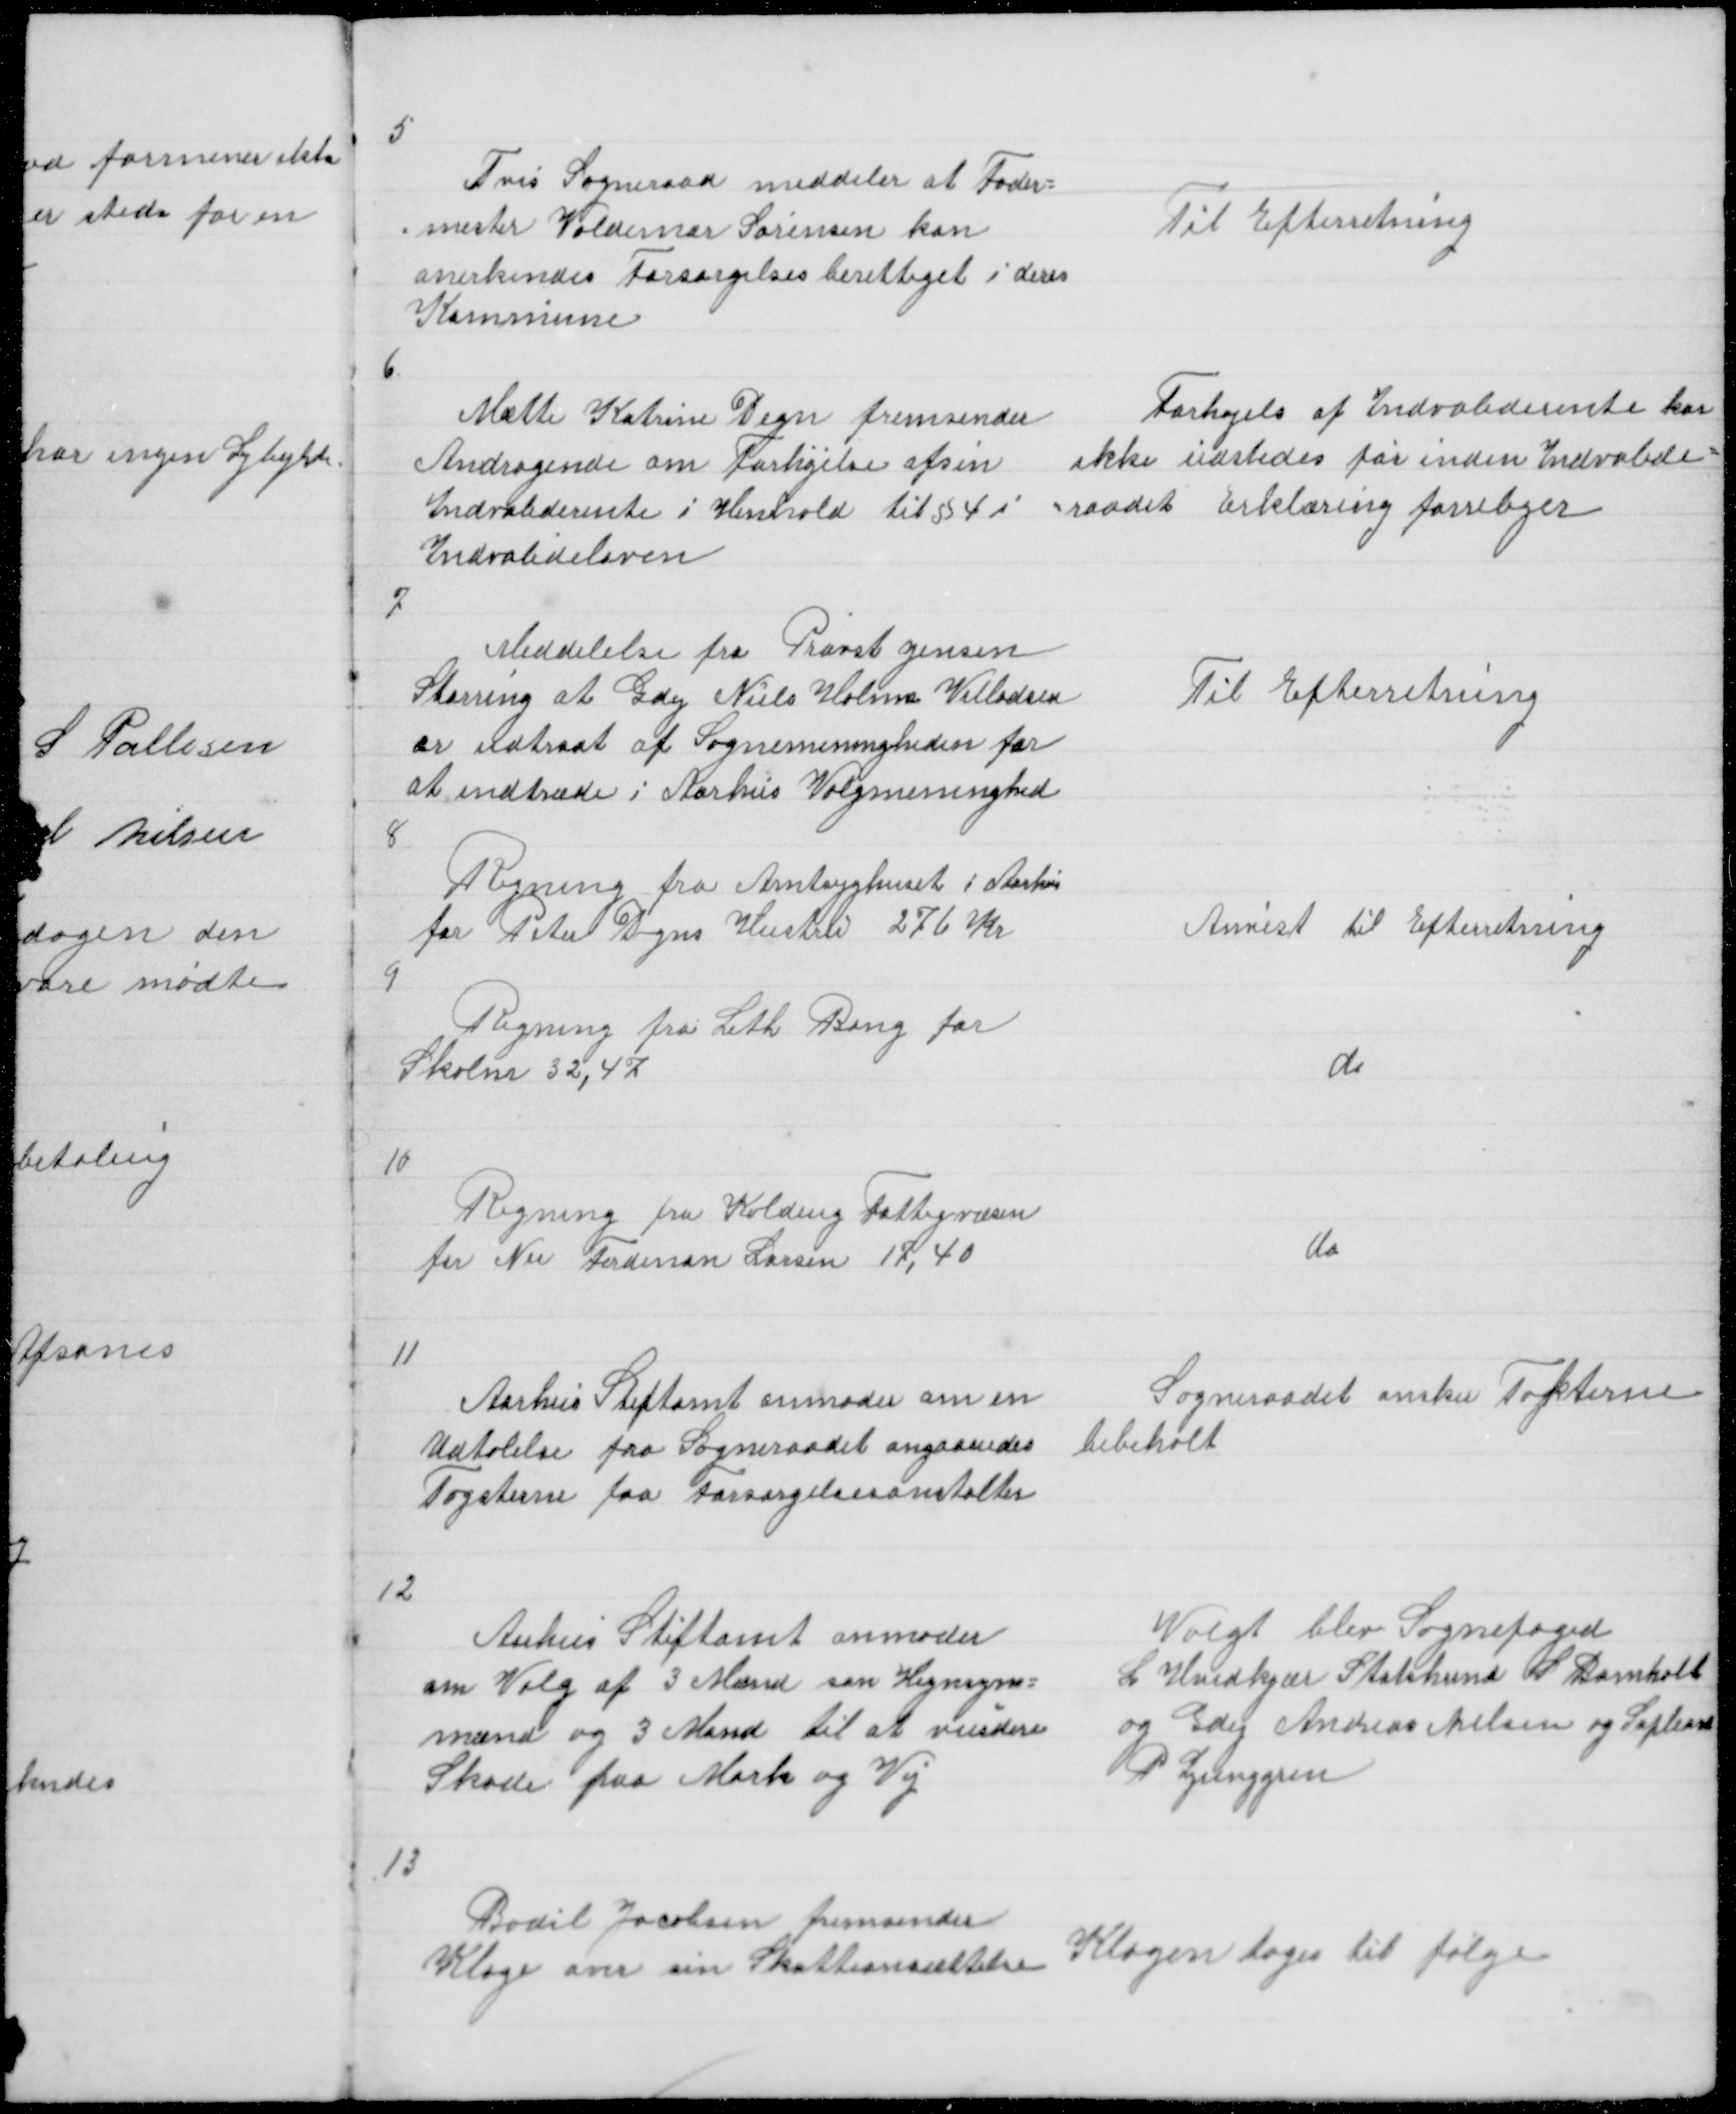
Transskription:
5

Tvis Sogneraad meddeler at Foder =
= mester Valdemar Sørensen kan
anerkendes Forsørgelsesberettiget i deres
Kommune

Til Efterretning

6

Mætte Katrine Degn fremsender
Andragende om Forhøjrlse afsin
Indvaliderente i Henhold til § 4 i
Indvalideloven

Forhøjels af Indvaliderente kan
ikke udstedes for inden Indvalide =
= raadet Erklæring forreliger

7

Meddelelse fra Provst jensen
Storring at Gdej Niels Holme Villadsen
er udtraat af Sognemenigheden for
at indtræde i Aarhus Valgmeninghed

Til Efterretning

8

Regning fra Amtsygehuset i Aarhus
for Peter Degns Hustru 276 Kr

Anvist til Udbetaling

9

Regning fra Leth Bang for
Skolens 32,47

do

10

Regning fra Kolding Fattigvæsen
for Nis Ferdinan Larsen 17,40

do

11

Aarhus Stiftamt anmoder om en
Udtalelse fra Sogneraadet angaaendes
Tagsterne for Forsørgelsesanstalter

Sogneraadet ønsker Takterne
bibeholt

12

Aarhus Stiftamt anmoder
om Valg af 3 Mænd som Hegnsyns =
mænd og 3 Mænd til at vurdere
Skade paa Mark og Vej

Valgt blev Sognefoged
L Hvidkjær Statshmd S Damholt
og Gdej Andreas Nielsen og Supleant
P Ljunggren

13

Bodil Jacobsen fremsender
Klage over sin Skatteansættelse

Klagen tages til følge